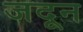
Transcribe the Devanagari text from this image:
जदून